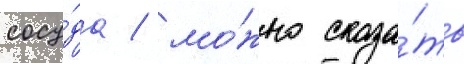
сосу́да / мо́жно сказа́ть